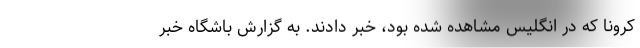
کرونا که در انگلیس مشاهده شده بود، خبر دادند. به گزارش باشگاه خبر